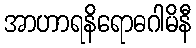
အာဟာရနိရောဓဂါမိနီ